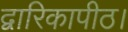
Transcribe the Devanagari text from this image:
द्वारिकापीठ।